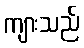
ကျားသည်